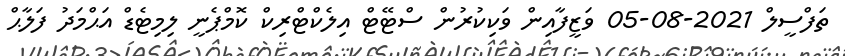
ތަފްސީލް 2021-08-05 ވަޒީފާއިން ވަކިކުރުން ސްޓޭޓް އިލެކްޓްރިކް ކޮމްޕެނީ ލިމިޓެޑް އަޙްމަދު ފަލާޙް